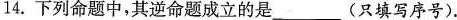
14.下列命题中，其逆命题成立的是___(只填写序号).